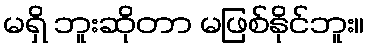
မရှိ ဘူးဆိုတာ မဖြစ်နိုင်ဘူး။